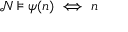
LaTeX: { \mathcal { N } } \models \psi ( n ) \iff n